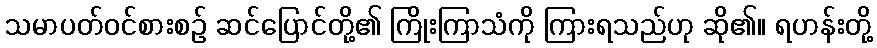
သမာပတ်ဝင်စားစဉ် ဆင်ပြောင်တို့၏ ကြိုးကြာသံကို ကြားရသည်ဟု ဆို၏။ ရဟန်းတို့